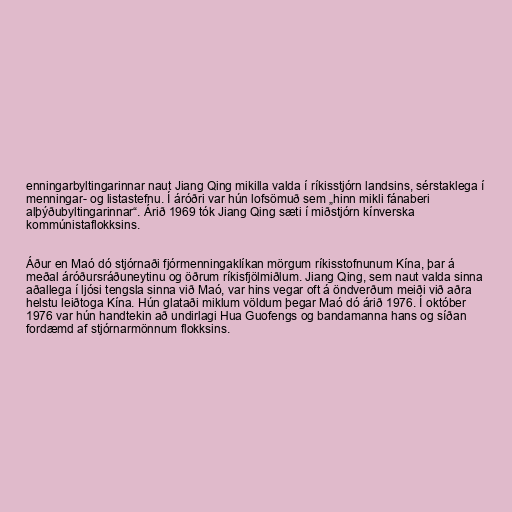
enningarbyltingarinnar naut Jiang Qing mikilla valda í ríkisstjórn landsins, sérstaklega í
menningar- og listastefnu. Í áróðri var hún lofsömuð sem „hinn mikli fánaberi
alþýðubyltingarinnar“. Árið 1969 tók Jiang Qing sæti í miðstjórn kínverska
kommúnistaflokksins.

Áður en Maó dó stjórnaði fjórmenningaklíkan mörgum ríkisstofnunum Kína, þar á
meðal áróðursráðuneytinu og öðrum ríkisfjölmiðlum. Jiang Qing, sem naut valda sinna
aðallega í ljósi tengsla sinna við Maó, var hins vegar oft á öndverðum meiði við aðra
helstu leiðtoga Kína. Hún glataði miklum völdum þegar Maó dó árið 1976. Í október
1976 var hún handtekin að undirlagi Hua Guofengs og bandamanna hans og síðan
fordæmd af stjórnarmönnum flokksins.